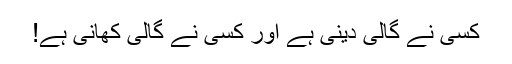
کسی نے گالی دینی ہے اور کسی نے گالی کھانی ہے!